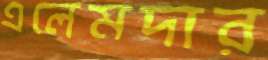
এলেমদার